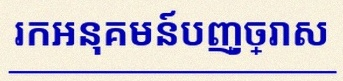
រកអនុគមន៍បញ្ច្រាស